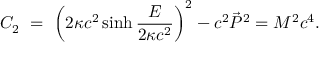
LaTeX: C _ { 2 } \ = \ \left( 2 \kappa c ^ { 2 } \sinh \frac { E } { 2 \kappa c ^ { 2 } } \right) ^ { 2 } - c ^ { 2 } \vec { P } ^ { 2 } = M ^ { 2 } c ^ { 4 } .